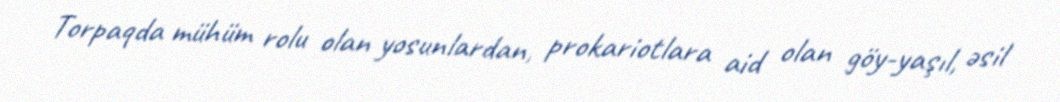
Torpaqda mühüm rolu olan yosunlardan, prokariotlara aid olan göy-yaşıl, əsil